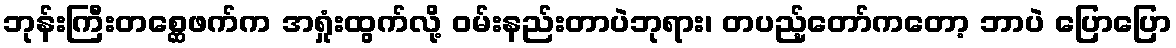
ဘုန်းကြီးတစ္ဆေဖက်က အရှုံးထွက်လို့ ဝမ်းနည်းတာပဲဘုရား၊ တပည့်တော်ကတော့ ဘာပဲ ပြောပြော